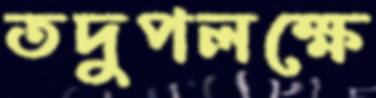
তদুপলক্ষে